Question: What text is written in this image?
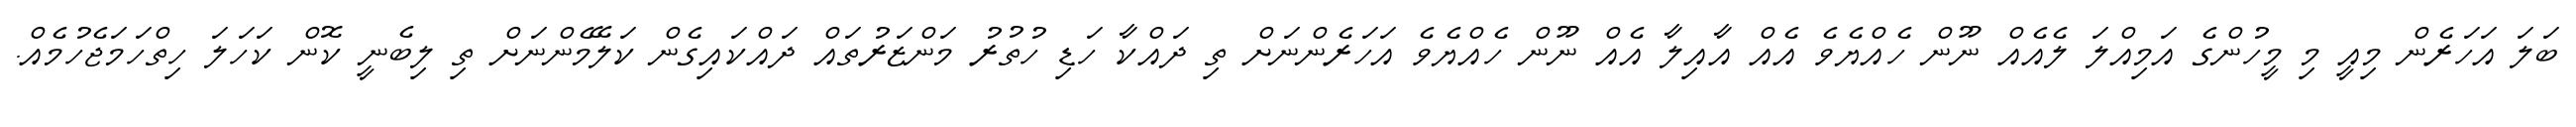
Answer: ބަލަ އަހަރެން މިއީ މި މީހުންގެ އަމިއްލަ ލެއެއް ނޫން ހެއްޔެވެ އެއް އާއިލާ އެއް ނޫން ހެއްޔެވެ އަހަރެންނަށް ތި ދައްކާ ހަޑި ހުތުރު މަންޒަރުތައް ދައްކައިގެން ކަލޭމެންނަށް ތި ލިބެނީ ކޮން ކަހަލަ ހިތްހަމަޖެހުމެއް.